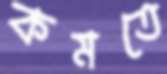
কমতে